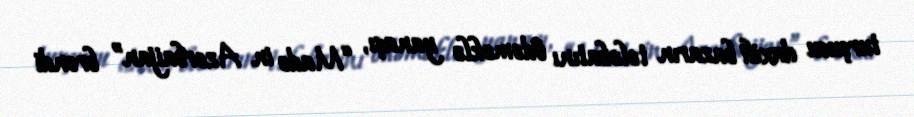
turşusu daxili bazarın tələbatını ödəməklə yanaşı, “Made in Azerbaijan” brendi